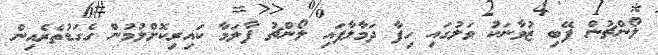
ލޯންޗުން ފޭބި ޒުވާނަކު ވަލުގައި ހިފާ ދަމާލާފައި ލޯންޗު ފާލަމާ ކައިރިކޮށްލުމުން ގެގަޑުތެރެއިން